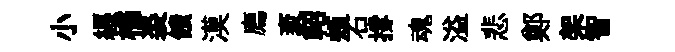
小纒橘裘饋漠廌袤軺頰石撐魂溢悲鄭架智